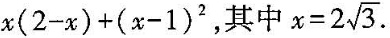
$$x(2-x)+(x-1)^{2}$$，其中$$x=2 \sqrt{3}$$.